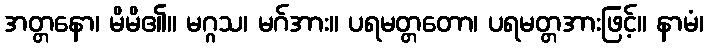
အတ္တနော၊ မိမိ၏။ မဂ္ဂသ၊ မဂ်အား။ ပရမတ္တတော၊ ပရမတ္တအားဖြင့်။ နာမံ၊